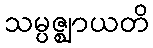
သမ္ပဇ္ဈာယတိ